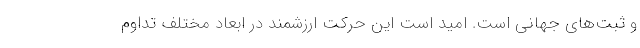
و ثبت‌های جهانی است. امید است این حرکت ارزشمند در ابعاد مختلف تداوم